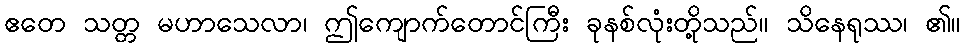
ဧတေ သတ္တ မဟာသေလာ၊ ဤကျောက်တောင်ကြီး ခုနစ်လုံးတို့သည်။ သိနေရုဿ၊ ၏။